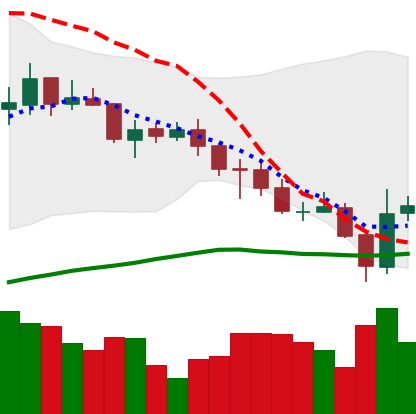
Ticker: ADA-USD
Chart end date: 2021-07-22
Forward return: 7.78%
Label: up_7plus